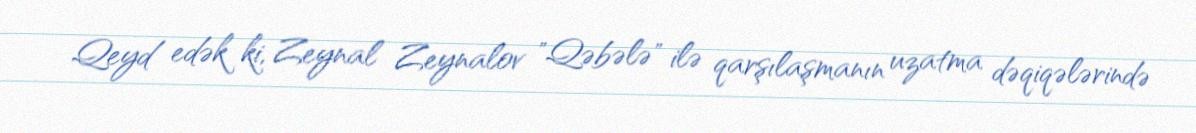
Qeyd edək ki, Zeynal Zeynalov "Qəbələ" ilə qarşılaşmanın uzatma dəqiqələrində